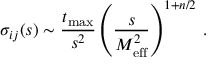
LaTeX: \sigma _ { i j } ( s ) \sim \frac { t _ { \mathrm { m a x } } } { s ^ { 2 } } \left( \frac { s } { M _ { \mathrm { e f f } } ^ { 2 } } \right) ^ { 1 + n / 2 } \, .